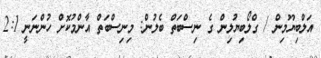
އަލްބިޔޫމިން / ގްލޯބިޔުލިން ގެ ނިސްބަތް ބެލުން: މިނިސްބަތް އާންމުކޮށް ހުންނަނީ 2:1